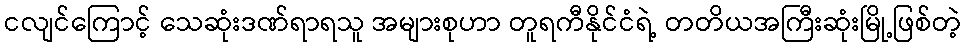
ငလျင်ကြောင့် သေဆုံးဒဏ်ရာရသူ အများစုဟာ တူရကီနိုင်ငံရဲ့ တတိယအကြီးဆုံးမြို့ဖြစ်တဲ့